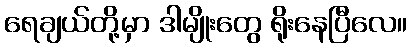
ရေချယ်တို့မှာ ဒါမျိုးတွေ ရိုးနေပြီလေ။